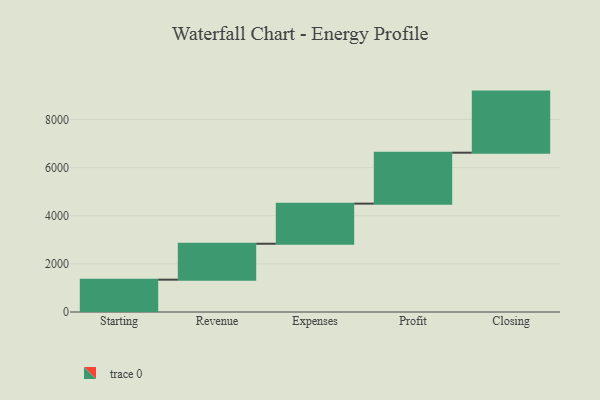
{"axis": {"x": "Step", "y": "Value"}, "legend": [""], "data": [{"x": "Starting", "y": 1344.0, "type": ""}, {"x": "Revenue", "y": 1493.0, "type": ""}, {"x": "Expenses", "y": 1667.0, "type": ""}, {"x": "Profit", "y": 2117.0, "type": ""}, {"x": "Closing", "y": 2539.0, "type": ""}]}